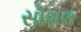
સોશલ